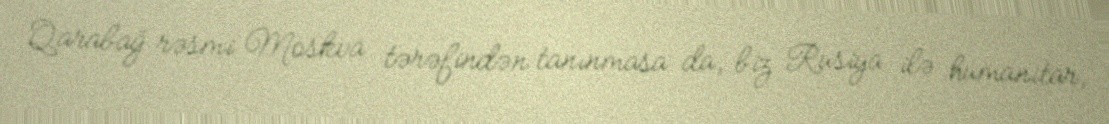
Qarabağ rəsmi Moskva tərəfindən tanınmasa da, biz Rusiya ilə humanitar,